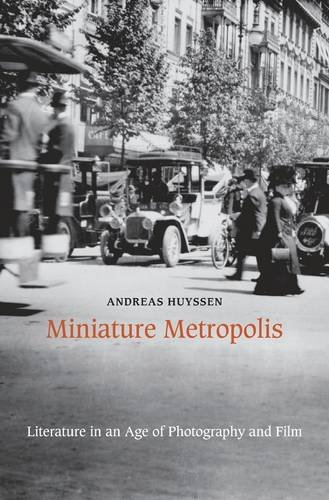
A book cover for Miniature Metropolis: Literature in an Age of Photography and Film; Andreas Huyssen; Literature & Fiction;